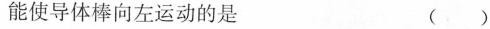
能使导体棒向左运动的是 ( )